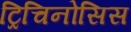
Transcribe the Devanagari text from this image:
ट्रिचिनोसिस